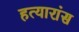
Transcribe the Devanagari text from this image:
हत्यारांस